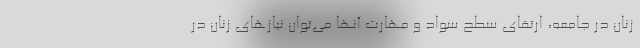
زنان در جامعه، ارتقای سطح سواد و مهارت آنها می‌توان نیازهای زنان در